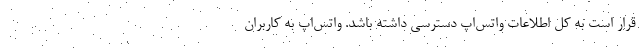
قرار است به کل اطلاعات واتس‌اپ دسترسی داشته باشد. واتس‌اپ به کاربران